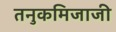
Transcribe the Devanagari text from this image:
तनुकमिजाजी